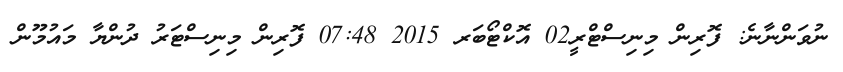
ނުވަންނާނެ: ފޮރިން މިނިސްޓްރީ02 އޮކްޓޯބަރ 2015 07:48 ފޮރިން މިނިސްޓަރު ދުންޔާ މައުމޫން